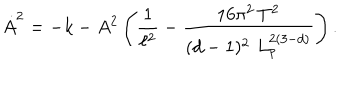
LaTeX: \dot { A } ^ { 2 } = - k - A ^ { 2 } \left( \frac { 1 } { \ell ^ { 2 } } - \frac { 1 6 \pi ^ { 2 } \, T ^ { 2 } } { ( d - 1 ) ^ { 2 } \, \, L _ { p } ^ { 2 ( 3 - d ) } } \right) .